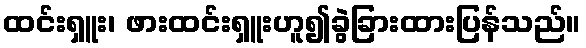
ထင်းရှူး၊ ဖားထင်းရှူးဟူ၍ခွဲခြားထားပြန်သည်။